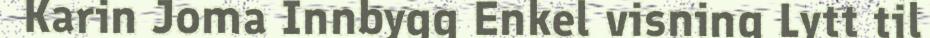
Karin Joma Innbygg Enkel visning Lytt til